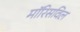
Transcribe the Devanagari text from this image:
मॉरिसविल